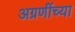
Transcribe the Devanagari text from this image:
अग्रणींच्या